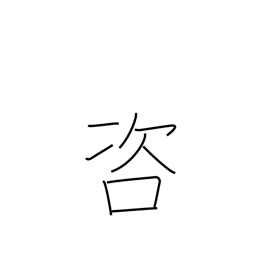
Meaning: investigate